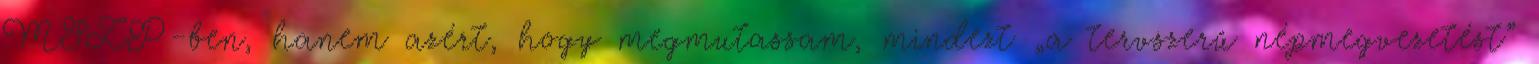
MSZP-ben, hanem azért, hogy megmutassam, mindezt „a tervszerű népmegvezetést”